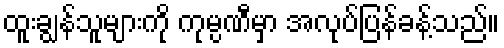
ထူးချွန်သူများကို ကုမ္ပဏီမှာ အလုပ်ပြန်ခန့်သည်။